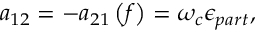
a _ { 1 2 } = - a _ { 2 1 } \left( f \right) = \omega _ { c } \epsilon _ { p a r t } ,